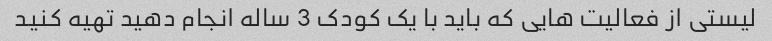
لیستی از فعالیت هایی که باید با یک کودک 3 ساله انجام دهید تهیه کنید